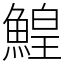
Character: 鰉